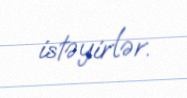
istəyirlər.